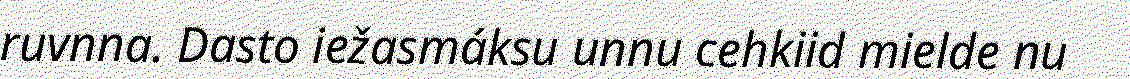
ruvnna. Dasto iežasmáksu unnu cehkiid mielde nu